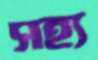
সহ্য